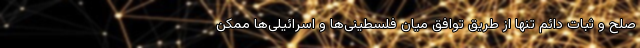
صلح و ثبات دائم تنها از طریق توافق میان فلسطینی‌ها و اسرائیلی‌ها ممکن